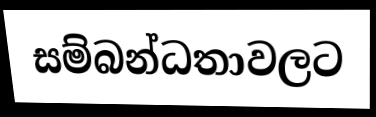
සම්බන්ධතාවලට